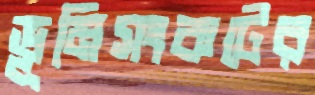
ভূমিসংকটের